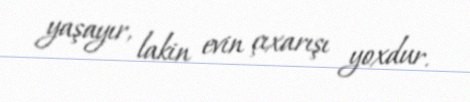
yaşayır, lakin evin çıxarışı yoxdur.